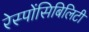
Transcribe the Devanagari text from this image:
रेस्पोंसिबिलिटी